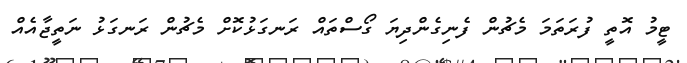
ޓީމު އޮތީ ފުރަތަމަ މެޗުން ފެނިގެންދިޔަ ގޯސްތައް ރަނގަޅުކޮށް މެޗުން ރަނގަޅު ނަތީޖާއެއް